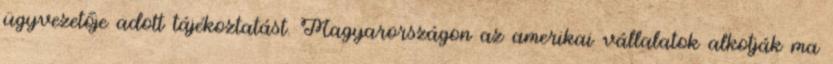
ügyvezetője adott tájékoztatást. Magyarországon az amerikai vállalatok alkotják ma